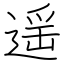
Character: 遥